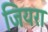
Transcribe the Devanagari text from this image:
जियरा